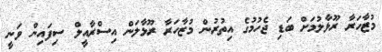
މުޒާހަރާ ރޫޅާލުމަށް ބަޑި ޖެހުމުގެ އިތުރުން މުޒާހަރާ ރޫޅާލަން އިސްރާއީލް ސިފައިން ވަނީ